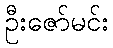
ဦးဇော်မင်း